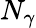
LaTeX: N_{\gamma}